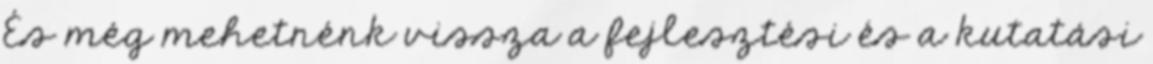
És még mehetnénk vissza a fejlesztési és a kutatási